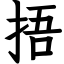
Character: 捂